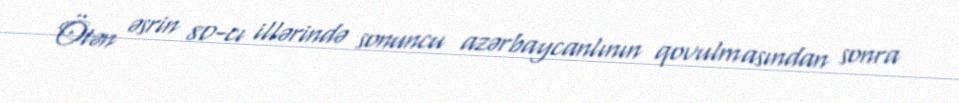
Ötən əsrin 80-cı illərində sonuncu azərbaycanlının qovulmasından sonra